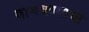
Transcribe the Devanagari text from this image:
वाजवण्याचा